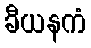
ခီယနကံ